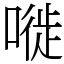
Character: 嘥